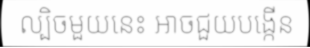
ល្បិចមួយនេះ អាចជួយបង្កើន